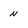
Character: n